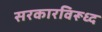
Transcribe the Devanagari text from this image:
सरकारविरूध्द